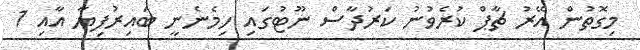
މިގޮތުން އޭރު ޗާޕް ކުރެވުނު ކަރުދާސް ނޫޓުގައި ހިމެނެނީ ބައިރުފިޔާ އާއި 1